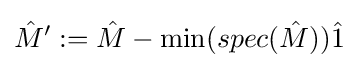
{\hat {M}}':={\hat {M}}-\min(spec({\hat {M}})){\hat {1}}